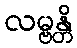
လမ္ဗန္တိ